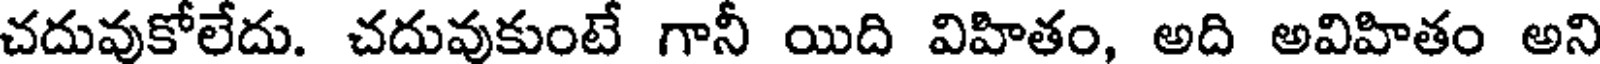
చదువుకోలేదు. చదువుకుంటే గానీ యిది విహితం, అది అవిహితం అని